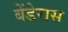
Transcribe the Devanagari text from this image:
बेंडेरास